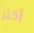
أكثر